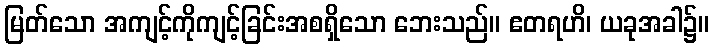
မြတ်သော အကျင့်ကိုကျင့်ခြင်းအစရှိသော ဘေးသည်။ ဧတရဟိ၊ ယခုအခါ၌။